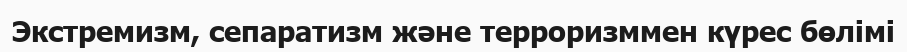
Экстремизм, сепаратизм және терроризммен күрес бөлімі